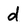
Character: d